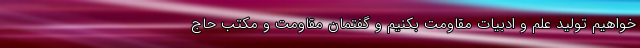
خواهیم تولید علم و ادبیات مقاومت بکنیم و گفتمان مقاومت و مکتب حاج